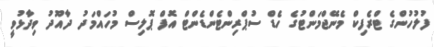
ފުލުހުންގެ ޓްރެފިކް މެނޭޖްމަންޓުގެ ހެޑް ސުޕްރިންޓެންޑެންޓް އޮފް ޕޮލިސް މުހައްމަދު ދާއޫދު ވިދާޅުވީ